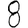
Digit: 8